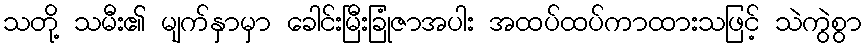
သတို့ သမီး၏ မျက်နှာမှာ ခေါင်းမြီးခြုံဇာအပါး အထပ်ထပ်ကာထားသဖြင့် သဲကွဲစွာ